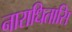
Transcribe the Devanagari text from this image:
नाराधितासि